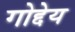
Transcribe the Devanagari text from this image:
गोद्देय